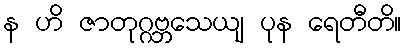
န ဟိ ဇာတုဂ္ဂဗ္ဘသေယျ ပုန ရေတီတိ။